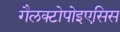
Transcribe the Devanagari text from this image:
गैलक्टोपोइएसिस